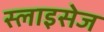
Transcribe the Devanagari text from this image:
स्लाइसेज